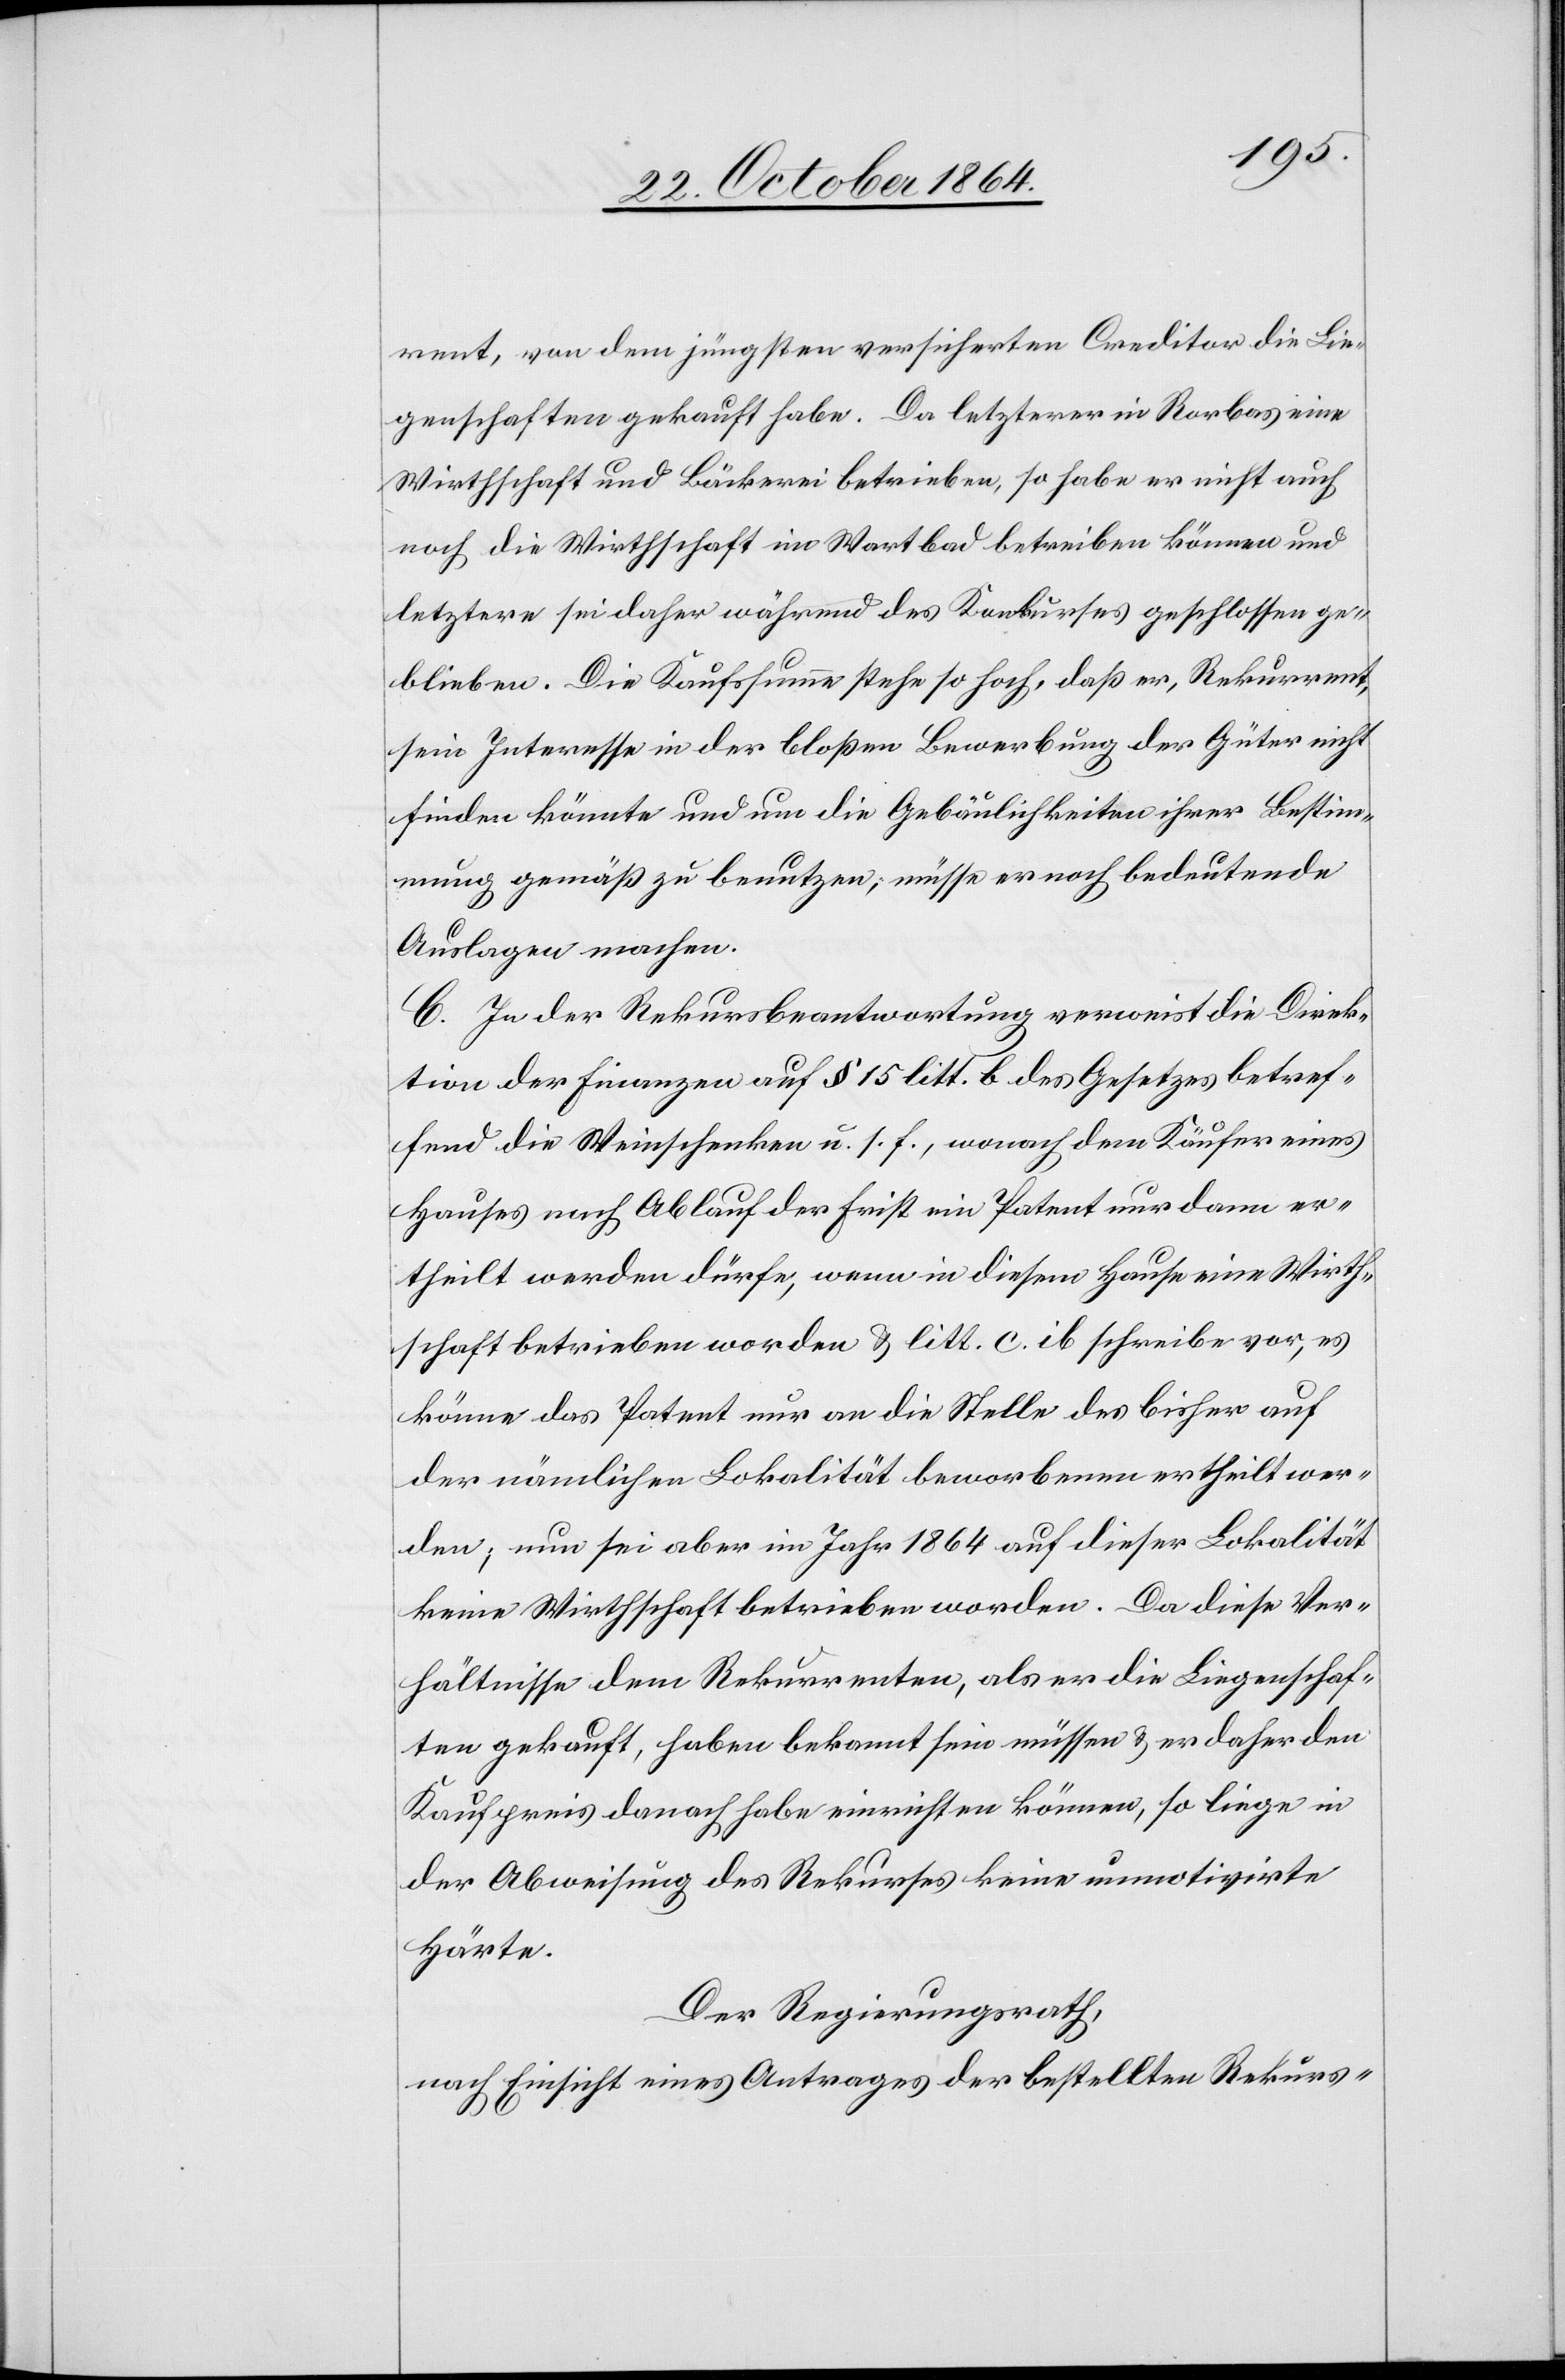
rent, von dem jüngsten versicherten Creditor die Lie¬
genschaften gekauft habe. Da letzterer in Rorbas eine
Wirthschaft und Bäckerei betrieben, so habe er nicht auch
noch die Wirthschaft im Wartbad betreiben können und
letztere sei daher während des Konkurses geschlossen ge¬
blieben. Die Kaufsumme stehe so hoch, daß er, Rekurrent,
sein Interesse in der bloßen Bewerbung der Güter nicht
finden könnte und um die Gebäulichkeiten ihrer Bestim¬
mung gemäß zu benutzen, müsse er noch bedeutende
Auslagen machen.
C. In der Rekursbeantwortung verweist die Direk¬
tion der Finanzen auf § 15 litt. b des Gesetztes betref¬
fend die Weinschenken u. s. f., wonach dem Käufer eines
Hauses nach Ablauft der Frist ein Patent nur dann er¬
theilt werden dürfe, wenn in diesem Hause eine Wirth¬
schaft betrieben worden & litt. c. ib schreibe vor, es
könne das Patent nur an die Stelle des bisher auf
der nämlichen Lokalität beworbenen ertheilt wer¬
den; nun sei aber im Jahr 1864 auf dieser Lokalität
keine Wirthschaft betrieben worden. Da diese Ver¬
hältnisse dem Rekurrenten, als er die Liegenschaf¬
t gekauft, haben bekannt sein müssen & er daher den
Kaufpreis danach habe einrichten können, so liege in
der Abweisung des Rekurses keine unmotivirte
Härte.
Der Regierungsrath,
nach Einsicht eines Antrages der bestellten Rekurs-